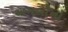
અમલોનો